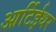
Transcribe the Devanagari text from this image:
आर्टिईथर